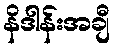
နိဒါန်းအချီ